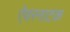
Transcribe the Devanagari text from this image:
ऐवरनाटक